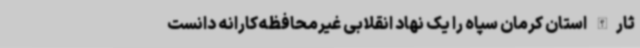
ثارالله استان کرمان سپاه را یک نهاد انقلابی غیرمحافظه‌کارانه دانست